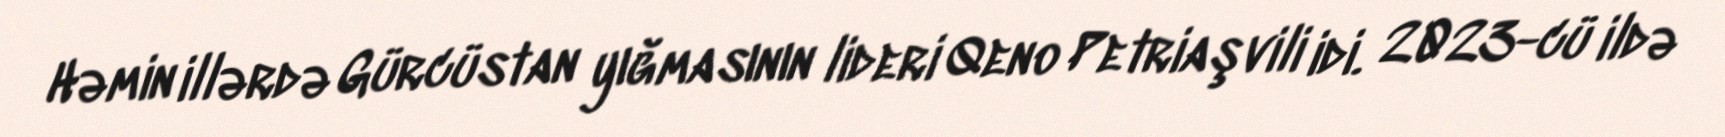
Həmin illərdə Gürcüstan yığmasının lideri Qeno Petriaşvili idi. 2023-cü ildə